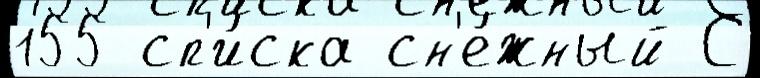
155 сп'и́ска сн'е́жный С